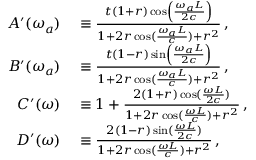
\begin{array} { r l } { A ^ { \prime } ( \omega _ { a } ) } & { { } \equiv \frac { t \left( 1 + r \right) \cos \left( \frac { \omega _ { a } L } { 2 c } \right) } { 1 + 2 r \cos ( \frac { \omega _ { a } L } { c } ) + r ^ { 2 } } \, , } \\ { B ^ { \prime } ( \omega _ { a } ) } & { { } \equiv \frac { t \left( 1 - r \right) \sin \left( \frac { \omega _ { a } L } { 2 c } \right) } { 1 + 2 r \cos ( \frac { \omega _ { a } L } { c } ) + r ^ { 2 } } \, , } \\ { C ^ { \prime } ( \omega ) } & { { } \equiv 1 + \frac { 2 ( 1 + r ) \cos ( \frac { \omega L } { 2 c } ) } { 1 + 2 r \cos ( \frac { \omega L } { c } ) + r ^ { 2 } } \, , } \\ { D ^ { \prime } ( \omega ) } & { { } \equiv \frac { 2 ( 1 - r ) \sin ( \frac { \omega L } { 2 c } ) } { 1 + 2 r \cos ( \frac { \omega L } { c } ) + r ^ { 2 } } \, , } \end{array}